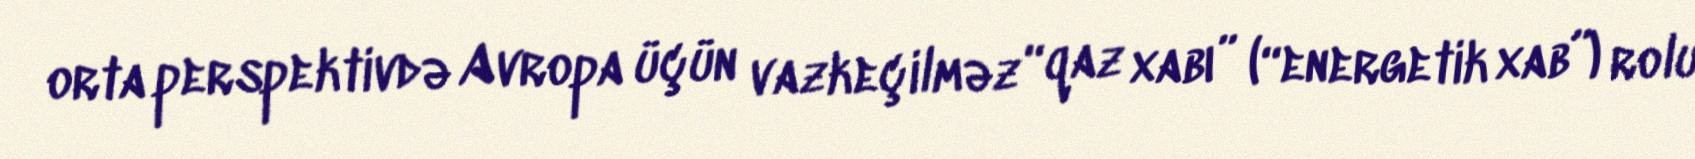
orta perspektivdə Avropa üçün vazkeçilməz “qaz xabı” (“energetik xab”) rolu